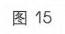
图15